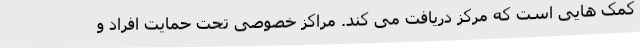
کمک هایی است که مرکز دریافت می کند. مراکز خصوصی تحت حمایت افراد و